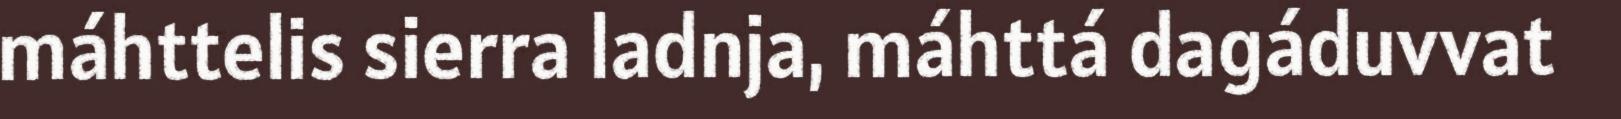
máhttelis sierra ladnja, máhttá dagáduvvat